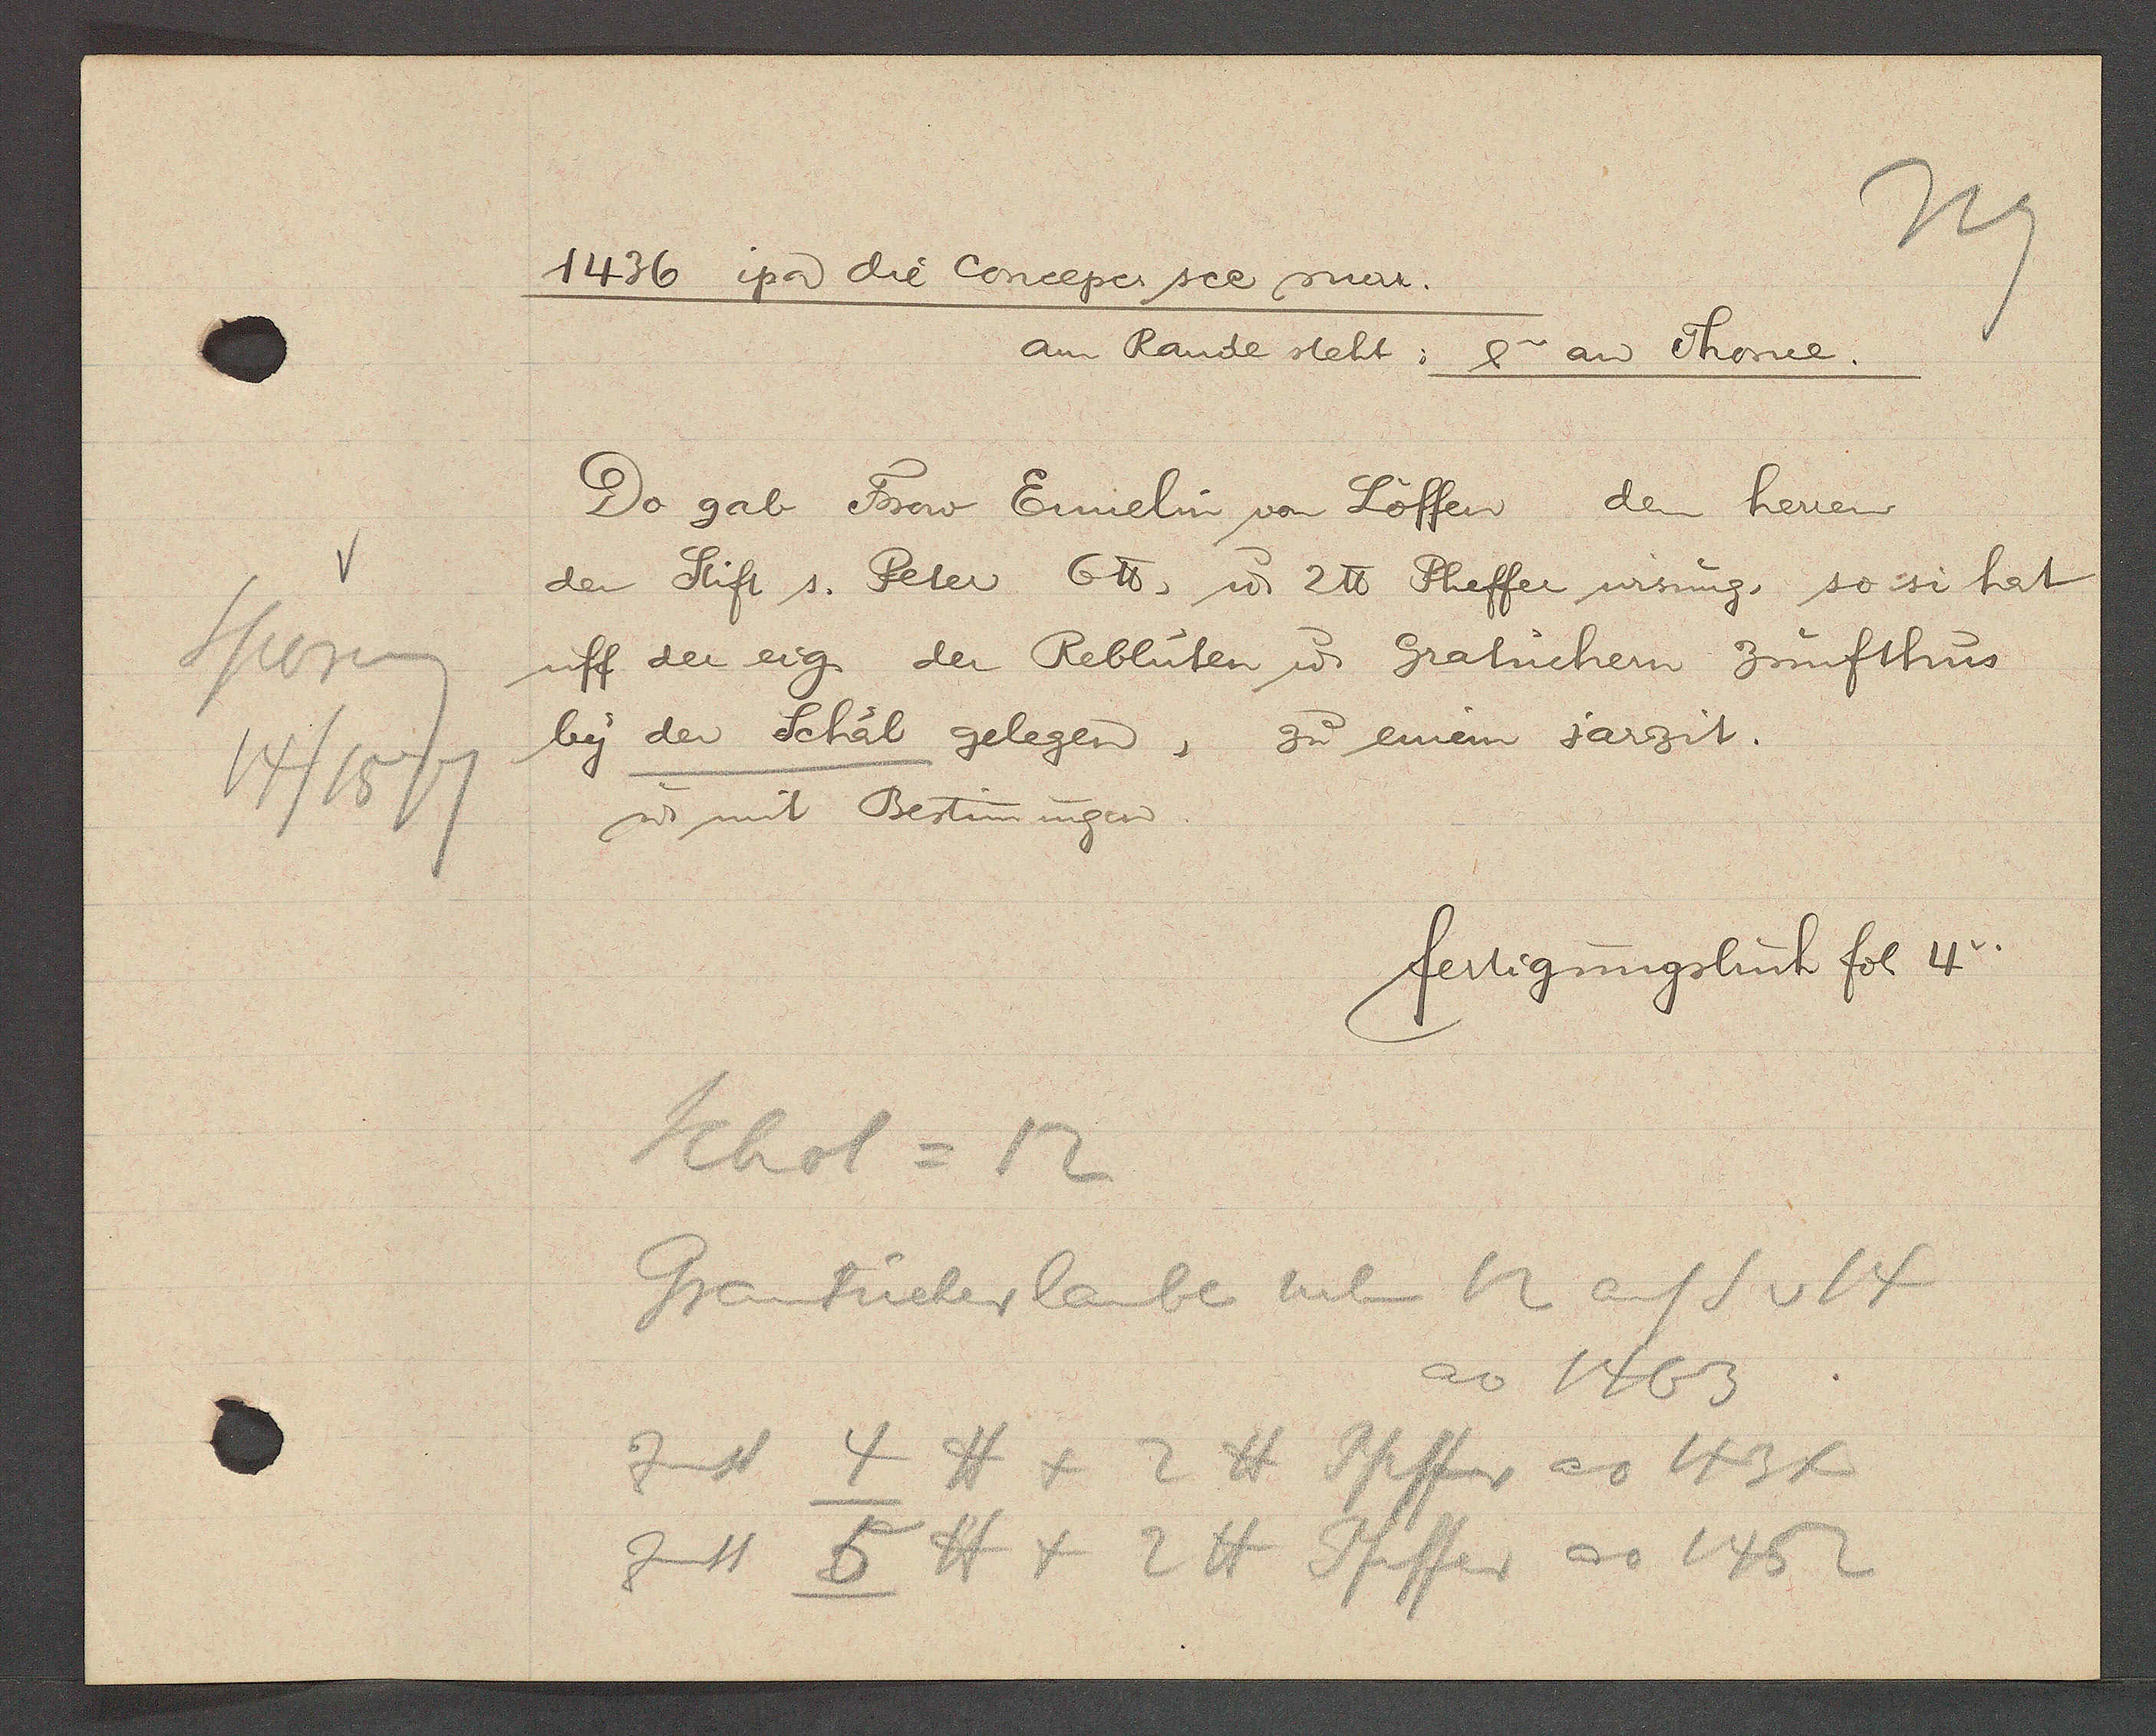
Transcript:
Sporeng
14/1517

1436 ipa die Concepe sce mar.

Do gab Frow Ennelin von Löffen dem herren
der Stift s. Peter 6 ℔, u. 2℔ Pfeffer wisung, so si hat
uff der eig. der Reblüten u Graluchern Zunfthus
bey der Schal gelegen, zu einem jarzit.
u mit Bestimungen
am Rande steht: 8 an Thorne

fertigungsbuch fol. 4.

Schol = 12
Grautucherlaube neben 12 auf S v 14
Zinst 4 ℔ + 2 ℔ Pfeffer ao 1434
Zinst 5 ℔ + 2 ℔ Pfeffer ao 1452
ao 1463